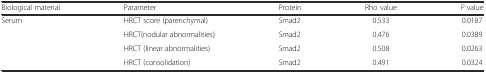
| Biological material | Parameter | Protein | Rho value | P value |
 | --- | --- | --- | --- | --- |
 | <ROWSPAN=4> Serum | HRCT score (parenchymal) | Smad2 | 0.533 | 0.0187 |
 | HRCT(nodular abnormalities) | Smad2 | 0.476 | 0.0389 |
 | HRCT (linear abnormalities) | Smad2 | 0.508 | 0.0263 |
 | HRCT (consolidation) | Smad2 | 0.491 | 0.0324 |